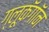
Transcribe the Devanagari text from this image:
ग्लूकॅगॉन